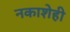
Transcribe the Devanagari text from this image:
नकाशेही